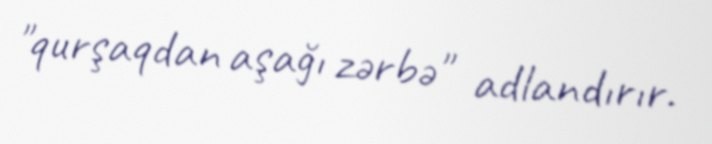
"qurşaqdan aşağı zərbə" adlandırır.